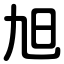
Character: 旭